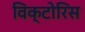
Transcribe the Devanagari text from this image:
विक्टोरिस